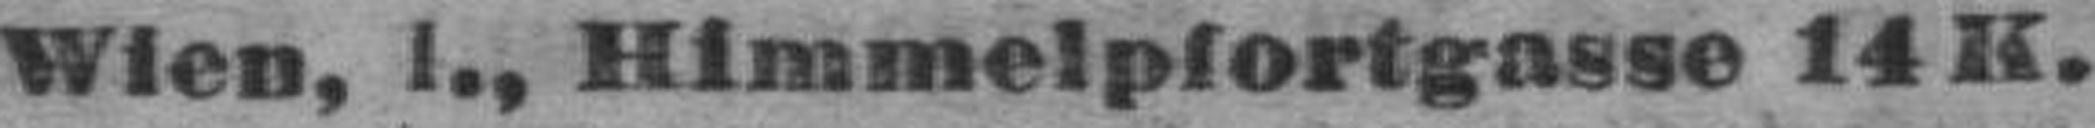
Wien, I., Himmelpfortgasse 14 K.